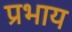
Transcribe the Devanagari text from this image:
प्रभाय